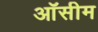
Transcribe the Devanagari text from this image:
ऑसीम